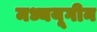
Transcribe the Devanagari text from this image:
मध्ययूगीन